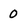
Character: 0